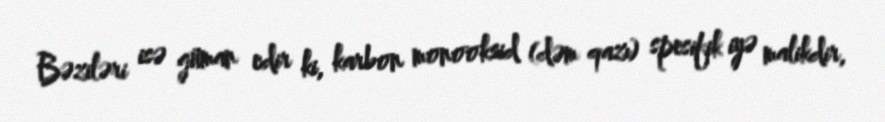
Bəziləri isə güman edir ki, karbon monooksid (dəm qazı) spesifik iyə malikdir,